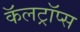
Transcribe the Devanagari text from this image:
कॅलट्रॉप्स